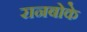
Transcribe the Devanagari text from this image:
रानबोके